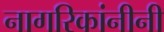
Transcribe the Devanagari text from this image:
नागरिकांनीनी